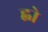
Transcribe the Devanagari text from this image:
ह्वो